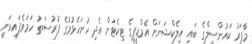
މާފަރު ކައުންސިލްގެ ބައި އިލެކްޝަނަށް އެމްޑީޕީގެ ޓިކެޓަށް އެދި ހުށަހެޅުމުގެ ފުރުސަތު ހަމަވެފައިވަނީ